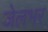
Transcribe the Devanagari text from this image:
जेलभर